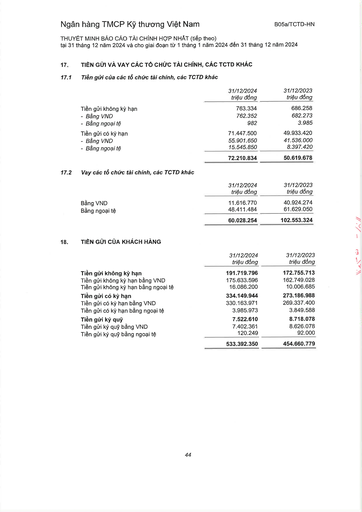
||31/12/2024 triệu đồng|31/12/2023 triệu đồng| |---|---|---| |Tiền gửi không kỳ hạn|763.334|686.258| |- Bằng VND|762.352|682.273| |- Bằng ngoại tệ|982|3.985| |Tiền gửi có kỳ hạn|71.447.500|49.933.420| |- Bằng VND|55.901.650|41.536.000| |- Bằng ngoại tệ|15.545.850|8.397.420| ||72.210.834|50.619.678| ||31/12/2024|31/12/2023| |---|---|---| ||triệu đồng|triệu đồng| |Bằng VND|11.616.770|40.924.274| |Bằng ngoại tệ|48.411.484|61.629.050| ||60.028.254|102.553.324| ||31/12/2024 triệu đồng|31/12/2023 triệu đồng| |---|---|---| |Tiền gửi không kỳ hạn|191.719.796|172.755.713| |Tiền gửi không kỳ hạn bằng VND|175.633.596|162.749.028| |Tiền gửi không kỳ hạn bằng ngoại tệ|16.086.200|10.006.685| |Tiền gửi có kỳ hạn|334.149.944|273.186.988| |Tiền gửi có kỳ hạn bằng VND|330.163.971|269.337.400| |Tiền gửi có kỳ hạn bằng ngoại tệ|3.985.973|3.849.588| |Tiền gửi ký quỹ|7.522.610|8.718.078| |Tiền gửi ký quỹ bằng VND|7.402.361|8.626.078| |Tiền gửi ký quỹ bằng ngoại tệ|120.249|92.000| ||533.392.350|454.660.779|